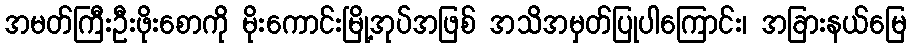
အမတ်ကြီးဦးဖိုးစောကို မိုးကောင်းမြို့အုပ်အဖြစ် အသိအမှတ်ပြုပါကြောင်း၊ အခြားနယ်မြေ